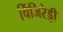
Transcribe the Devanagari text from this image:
चिंजिरेड्डी